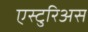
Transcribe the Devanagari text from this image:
एस्टुरिअस